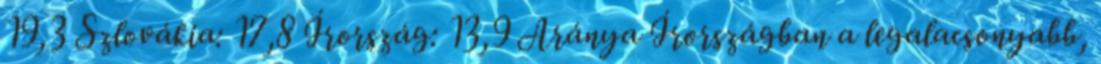
19,3 Szlovákia: 17,8 Írország: 13,9 Aránya Írországban a legalacsonyabb,